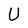
Character: U